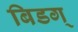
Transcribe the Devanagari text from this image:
बिडग्